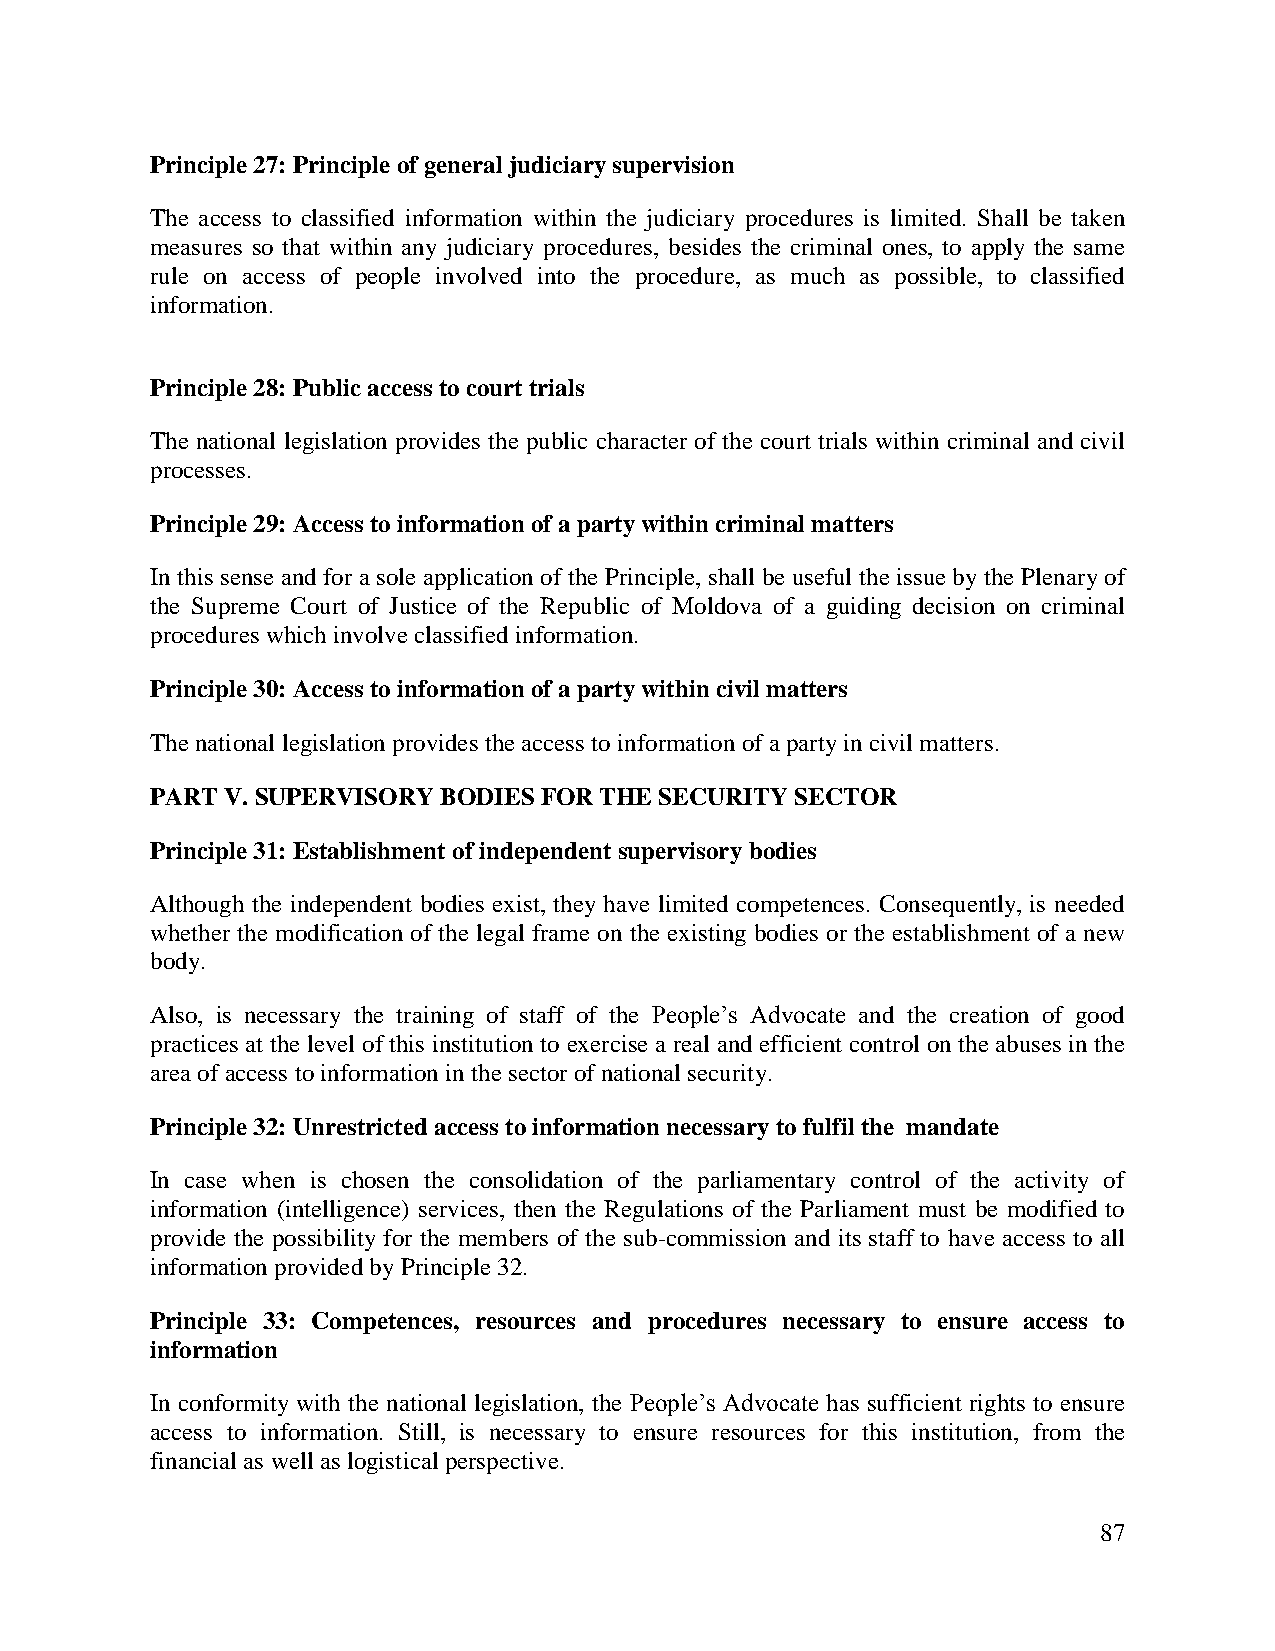
Principle 27: Principle of general judiciary supervision
 The access to classified information within the judiciary procedures is limited. Shall be taken
 measures so that within any judiciary procedures, besides the criminal ones, to apply the same
 rule on access of people involved into the procedure, as much as possible, to classified
 information.
 Principle 28: Public access to court trials
 The national legislation provides the public character of the court trials within criminal and civil
 processes.
 Principle 29: Access to information of a party within criminal matters
 In this sense and for a sole application of the Principle, shall be useful the issue by the Plenary of
 the Supreme Court of Justice of the Republic of Moldova of a guiding decision on criminal
 procedures which involve classified information.
 Principle 30: Access to information of a party within civil matters
 The national legislation provides the access to information of a party in civil matters.
 PART V. SUPERVISORY BODIES FOR THE SECURITY SECTOR
 Principle 31: Establishment of independent supervisory bodies
 Although the independent bodies exist, they have limited competences. Consequently, is needed
 whether the modification of the legal frame on the existing bodies or the establishment of a new
 body.
 Also, is necessary the training of staff of the People’s Advocate and the creation of good
 practices at the level of this institution to exercise a real and efficient control on the abuses in the
 area of access to information in the sector of national security.
 Principle 32: Unrestricted access to information necessary to fulfil the mandate
 In case when is chosen the consolidation of the parliamentary control of the activity of
 information (intelligence) services, then the Regulations of the Parliament must be modified to
 provide the possibility for the members of the sub-commission and its staff to have access to all
 information provided by Principle 32.
 Principle 33: Competences, resources and procedures necessary to ensure access to
 information
 In conformity with the national legislation, the People’s Advocate has sufficient rights to ensure
 access to information. Still, is necessary to ensure resources for this institution, from the
 financial as well as logistical perspective.
 87